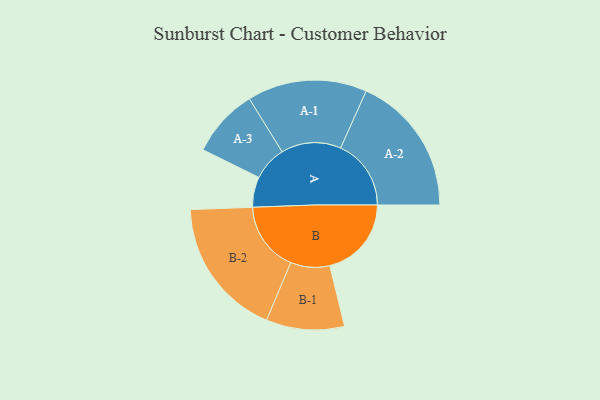
{"axis": {"x": "Segment", "y": "Value"}, "legend": ["", "A", "B"], "data": [{"x": "A", "y": 114, "type": ""}, {"x": "B", "y": 307, "type": ""}, {"x": "A-1", "y": 225, "type": "A"}, {"x": "A-2", "y": 265, "type": "A"}, {"x": "A-3", "y": 129, "type": "A"}, {"x": "B-1", "y": 147, "type": "B"}, {"x": "B-2", "y": 262, "type": "B"}]}